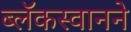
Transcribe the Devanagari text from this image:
ब्लॅकस्वानने